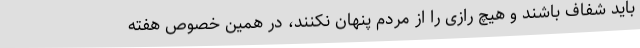
باید شفاف باشند و هیچ رازی را از مردم پنهان نکنند، در همین خصوص هفته